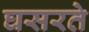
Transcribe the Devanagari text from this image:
घसरते